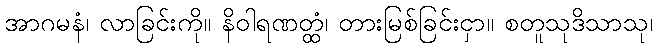
အာဂမနံ၊ လာခြင်းကို။ နိဝါရဏတ္ထံ၊ တားမြစ်ခြင်းငှာ။ စတူသုဒိသာသု၊